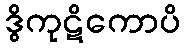
ဒွိကုဋိကောပိ